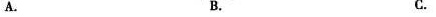
A. B. C.